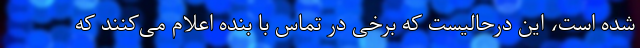
شده است، این درحالیست که برخی در تما‌س‌ با بنده اعلام می‌کنند که